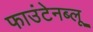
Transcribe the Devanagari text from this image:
फाउंटेनब्‍लू